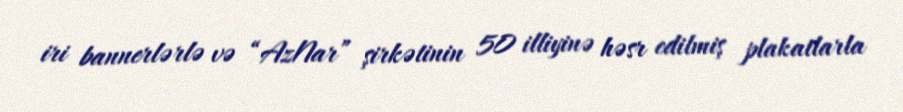
iri bannerlərlə və “AzNar” şirkətinin 50 illiyinə həsr edilmiş plakatlarla